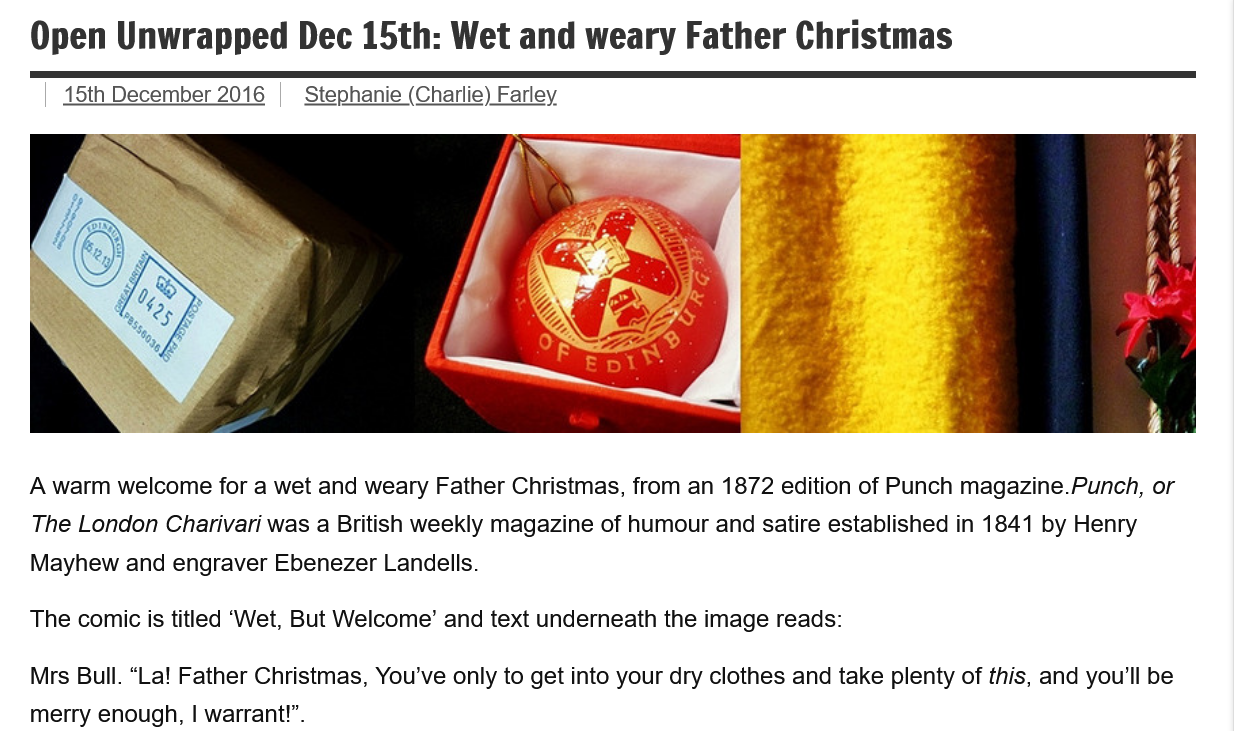
Open   Unwrapped    Dec  15th:  Wet  and   weary   Father   Christmas
   A warm welcome for a wet and weary Father Christmas, from an 1872 edition of Punch magazine.Punch, or
   The London Charivari was a British weekly magazine of humour and satire established in 1841 by Henry
   Mayhew  and engraver Ebenezer Landells.
   The comic is titled ‘Wet, But Welcome’ and text underneath the image reads:
   Mrs Bull. “La! Father Christmas, You've only to get into your dry clothes and take plenty of this, and you'll be
   merry enough, | warrant!”.
     15th December 2016 Stephanie (Charlie) Farley